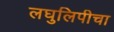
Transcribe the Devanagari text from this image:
लघुलिपीचा